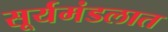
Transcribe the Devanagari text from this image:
सूर्यमंडलात